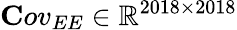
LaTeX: {\mathbf Cov}_{EE}\in\mathbb{R}^{2018\times 2018}